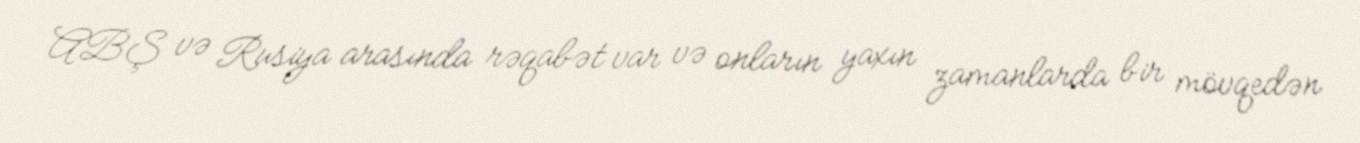
ABŞ və Rusiya arasında rəqabət var və onların yaxın zamanlarda bir mövqedən